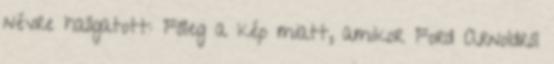
névre hallgatott: Főleg a kép miatt, amikor Ford Arnoldról